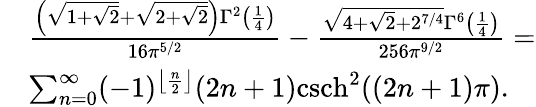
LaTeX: \begin{array}{rl}&{\frac{\left(\sqrt{1+\sqrt{2}}+\sqrt{2+\sqrt{2}}\right)\Gamma^{2}\left(\frac{1}{4}\right)}{16\pi^{5/2}}-\frac{\sqrt{4+\sqrt{2}+2^{7/4}}\Gamma^{6}\left(\frac{1}{4}\right)}{256\pi^{9/2}}=}\\ &{\sum_{n=0}^{\infty}(-1)^{\left\lfloor\frac{n}{2}\right\rfloor}(2n+1)\mathrm{csch}^{2}((2n+1)\pi).}\end{array}